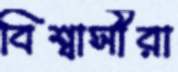
বিশ্বাসীরা